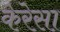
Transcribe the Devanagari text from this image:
केरेसा